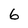
Character: 6